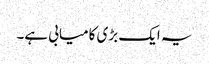
یہ ایک بڑی کامیابی ہے۔